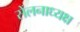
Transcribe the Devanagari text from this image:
सेंलनाध्यक्ष